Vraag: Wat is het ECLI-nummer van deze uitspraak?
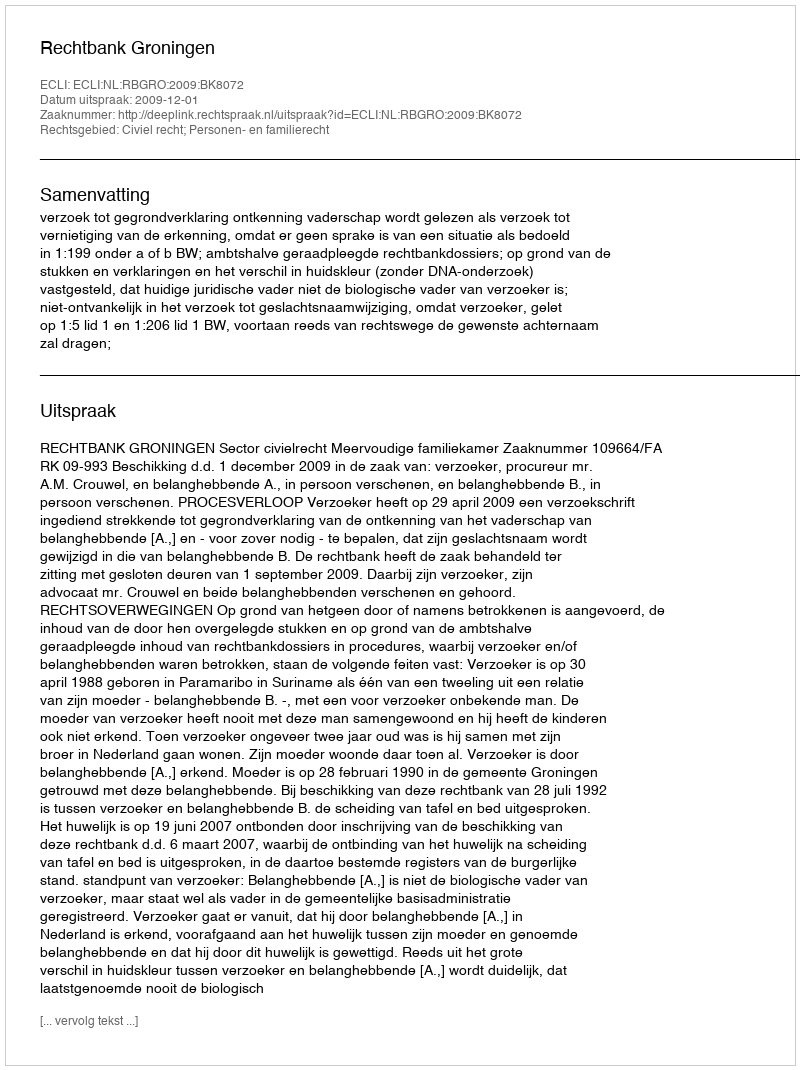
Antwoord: ECLI:NL:RBGRO:2009:BK8072